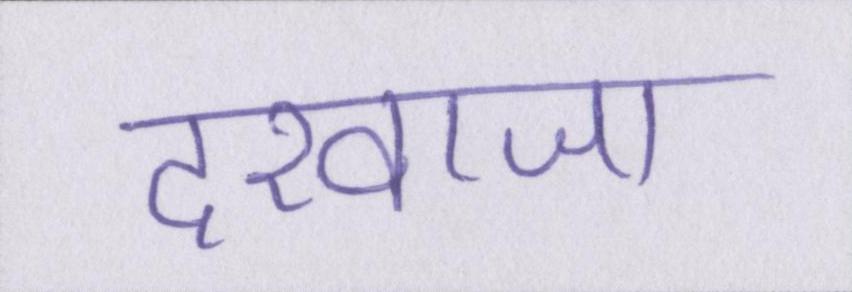
दरवाजा